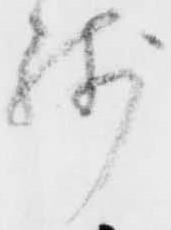
残